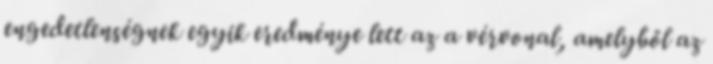
engedetlenségnek egyik eredménye lett az a vérvonal, amelyből az